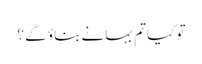
تو کیا تم بہانے بناؤ گے ؟